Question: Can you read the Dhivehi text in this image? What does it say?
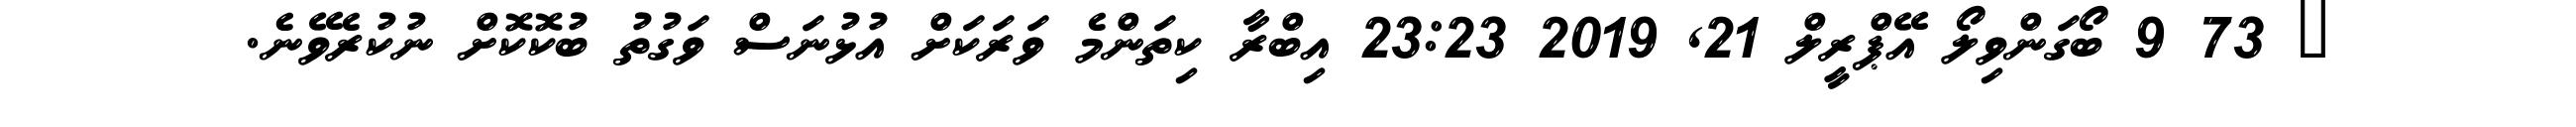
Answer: ? 73 9 ބޯގަންވިލޯ އޭޕްރީލް 21, 2019 23:23 އިބްރާ ކިތަންމެ ވަރަކަށް އުޅުނަސް ވަގުތު ބުކޮކޮށް ނުކުރެވޭނެ.